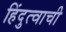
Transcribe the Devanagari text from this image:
हिंदुत्वाची